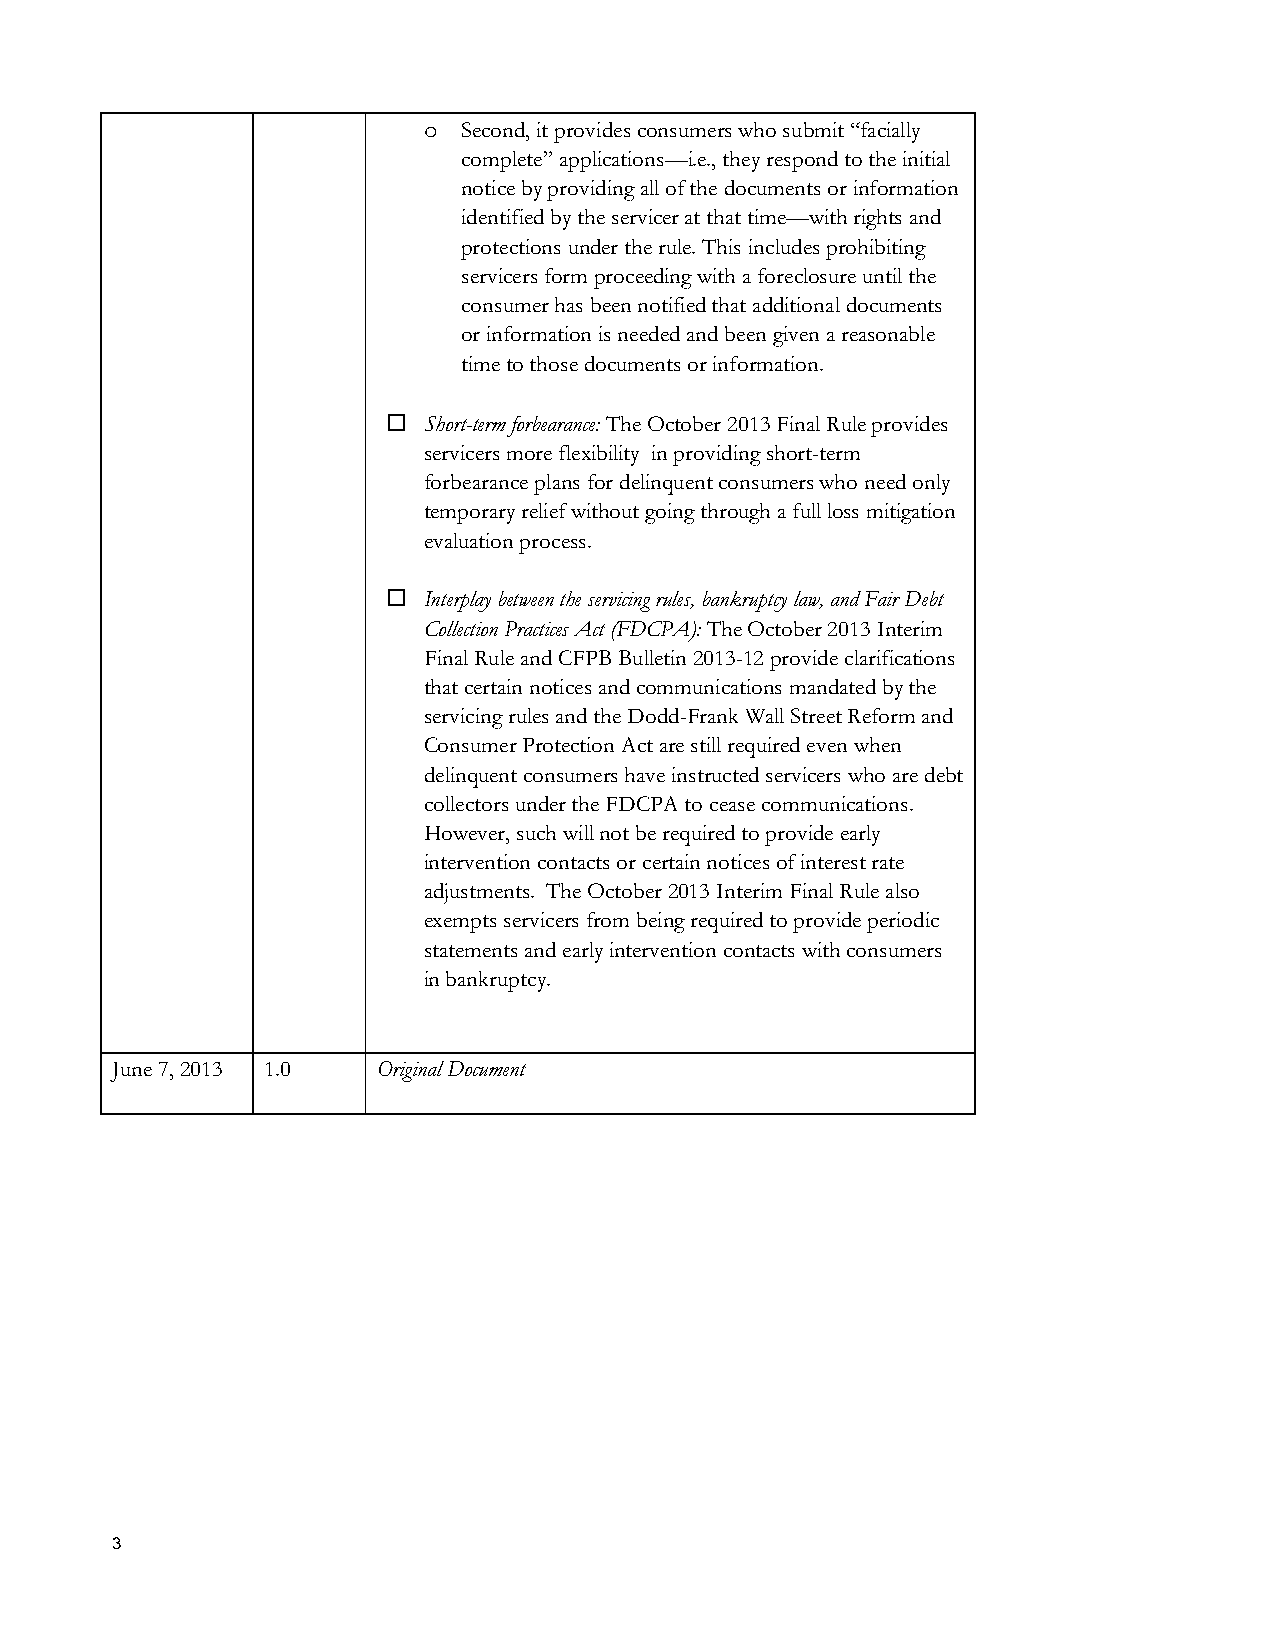
Second, it provides consumers who submit “facially
 o
 complete” applications—i.e., they respond to the initial
 notice by providing all of the documents or information
 identified by the servicer at that time—with rights and
 protections under the rule. This includes prohibiting
 servicers form proceeding with a foreclosure until the
 consumer has been notified that additional documents
 or information is needed and been given a reasonable
 time to those documents or information.
  Short-term forbearance: The October 2013 Final Rule provides
 servicers more flexibility in providing short-term
 forbearance plans for delinquent consumers who need only
 temporary relief without going through a full loss mitigation
 evaluation process.
  Interplay between the servicing rules, bankruptcy law, and Fair Debt
 Collection Practices Act (FDCPA): The October 2013 Interim
 Final Rule and CFPB Bulletin 2013-12 provide clarifications
 that certain notices and communications mandated by the
 servicing rules and the Dodd-Frank Wall Street Reform and
 Consumer Protection Act are still required even when
 delinquent consumers have instructed servicers who are debt
 collectors under the FDCPA to cease communications.
 However, such will not be required to provide early
 intervention contacts or certain notices of interest rate
 adjustments. The October 2013 Interim Final Rule also
 exempts servicers from being required to provide periodic
 statements and early intervention contacts with consumers
 in bankruptcy.
 June 7, 2013 1.0  Original Document
 3